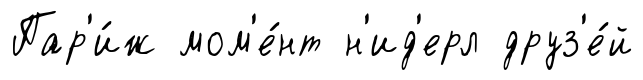
Пар'и́ж мом'е́нт н'ид'ерл друз'е́й